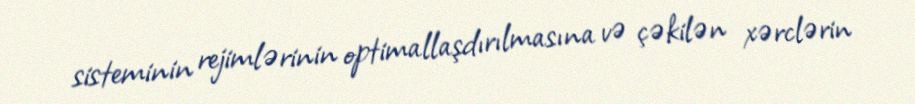
sisteminin rejimlərinin optimallaşdırılmasına və çəkilən xərclərin